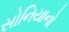
સોનિયાનો